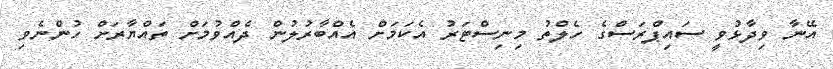
އޭނާ ވިދާޅުވީ ސައިޕްރަސްގެ ހެލްތު މިނިސްޓަރު އެކަމަށް އެއްބާރުލުން ދެއްވުމަށް ތައްޔާރަށް ހުންނެވި